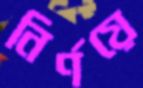
নির্ণয়ে